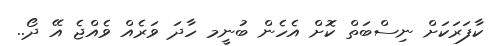
ކާފަރަކަށް ނިސްބަތް ކޮށް އެހެން ބުނީމ ހާދަ ވަރެއް ވެއްޖެ އޭ ދޯ..